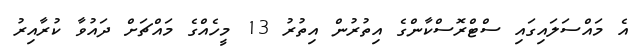
އެ މައްސަލައިގައި ސްޓްރޮސްކާންގެ އިތުރުން އިތުރު 13 މީހެއްގެ މައްޗަށް ދައުވާ ކުރާއިރު